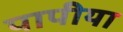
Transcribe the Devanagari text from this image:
पापीया